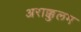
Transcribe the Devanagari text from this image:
अराक्कुलम